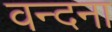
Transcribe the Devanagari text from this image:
वन्‍दना